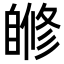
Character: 𦤜